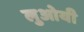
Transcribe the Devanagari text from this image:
लुओयी